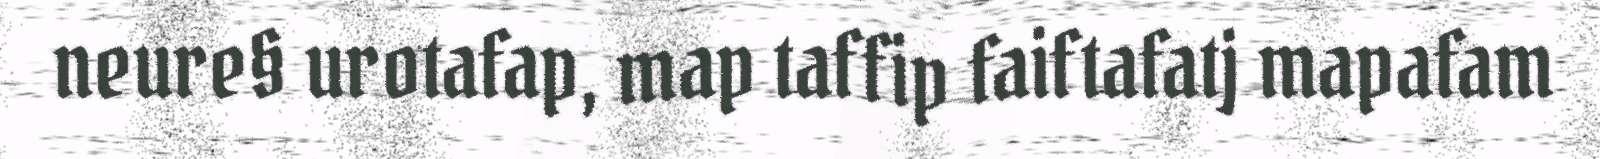
neure§ urotafap, map taffip faiftafatj mapafam